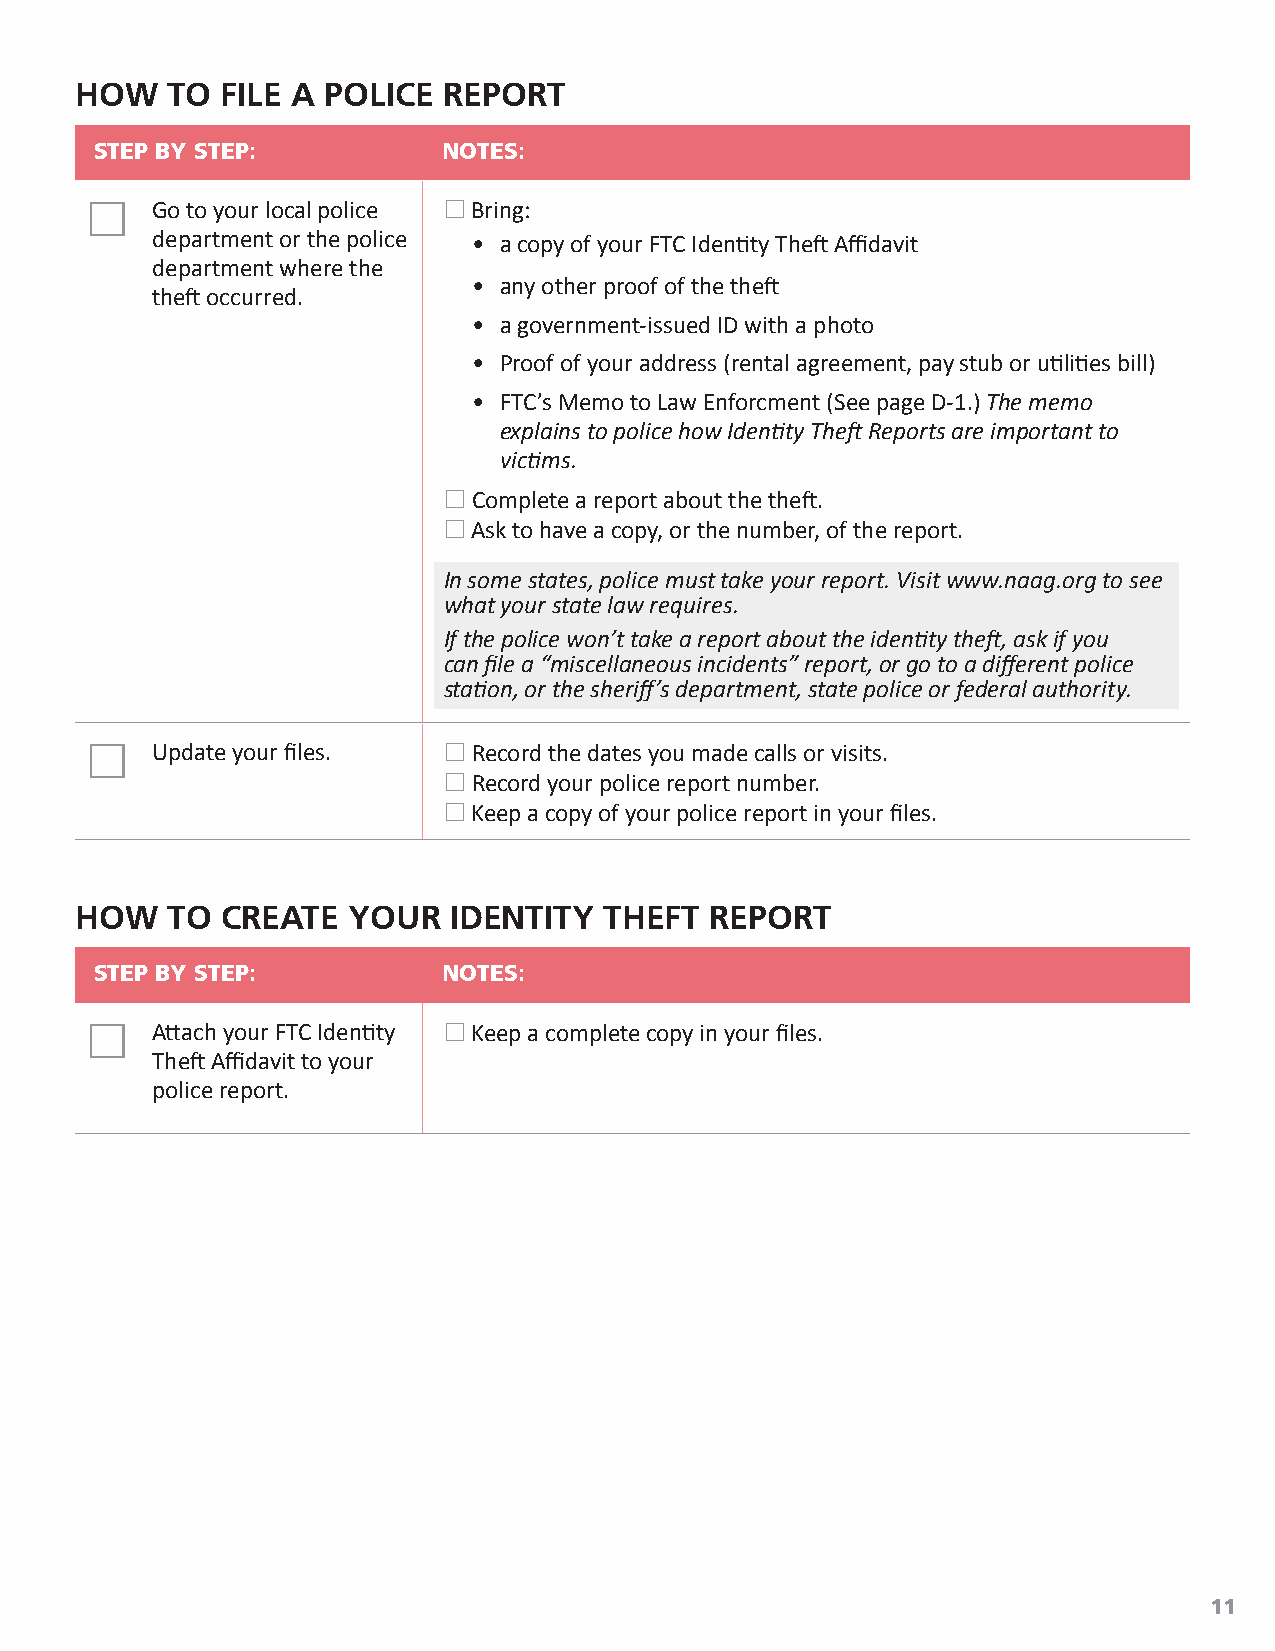
HOW   TO  FILE A POLICE REPORT
 STEP BY STEP:          NOTES:
    Go to your local police  Bring:
 department or the police • a copy of your FTC Identity Theft Affidavit
 department where the
 • any other proof of the theft
 theft occurred.
 • a government-issued ID with a photo
 • Proof of your address (rental agreement, pay stub or utilities bill)
 • FTC’s Memo to Law Enforcment (See page D-1.) The memo
 explains to police how Identity Theft Reports are important to
 victims.
  Complete a report about the theft.
  Ask to have a copy, or the number, of the report.
 In some states, police must take your report. Visit www.naag.org to see
 what your state law requires.
 If the police won’t take a report about the identity theft, ask if you
 can file a “miscellaneous incidents” report, or go to a different police
 station, or the sheriff’s department, state police or federal authority.
    Update your files.  Record the dates you made calls or visits.
  Record your police report number.
  Keep a copy of your police report in your files.
 HOW   TO  CREATE  YOUR   IDENTITY  THEFT  REPORT
 STEP BY STEP:          NOTES:
    Attach your FTC Identity  Keep a complete copy in your files.
 Theft Affidavit to your
 police report.
 11